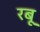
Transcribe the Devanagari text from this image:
रबू